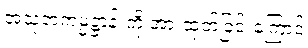
အသုဘကမ္မဋ္ဌာန်းကို အားထုတ်ခြင်းကြောင့်